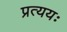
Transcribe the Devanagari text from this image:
प्रत्ययः